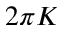
2 \pi K